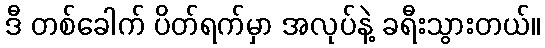
ဒီ တစ်ခေါက် ပိတ်ရက်မှာ အလုပ်နဲ့ ခရီးသွားတယ်။